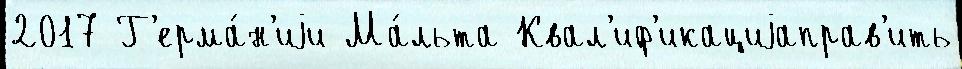
2017 Г'ерма́н'иjи Ма́льта Квал'иф'икациjаправ'ить